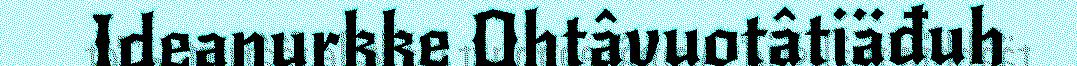
Ideanurkke Ohtâvuotâtiäđuh